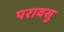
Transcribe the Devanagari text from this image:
परावसु